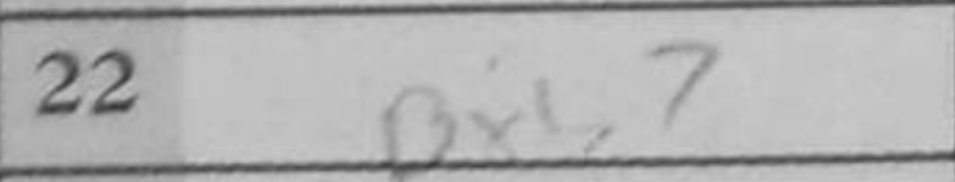
Transcription: Bxb7